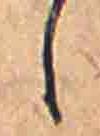
し